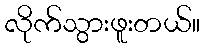
လိုက်သွားဖူးတယ်။